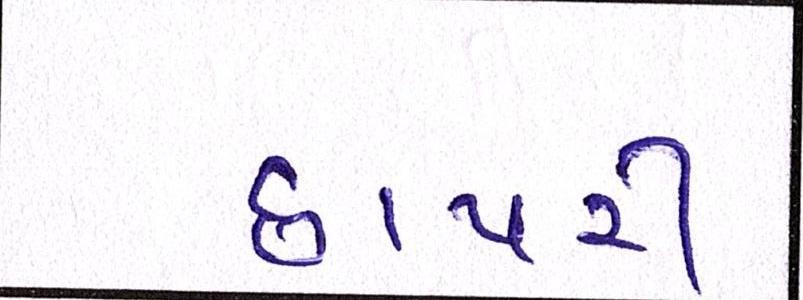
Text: છાપરી